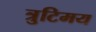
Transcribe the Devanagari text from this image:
त्रुटिमय